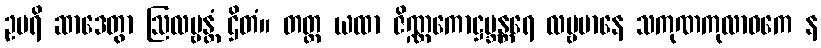
ဥပရိ ဆာဒေတွာ ဩလမ္ဗန္တံ ဌိတံ။ တတ္ထ ယထာ ဇိဏ္ဏကောဋ္ဌဗ္ဘန္တရေ လမ္ဗမာနေ သကုဏကုလာဝကေ န